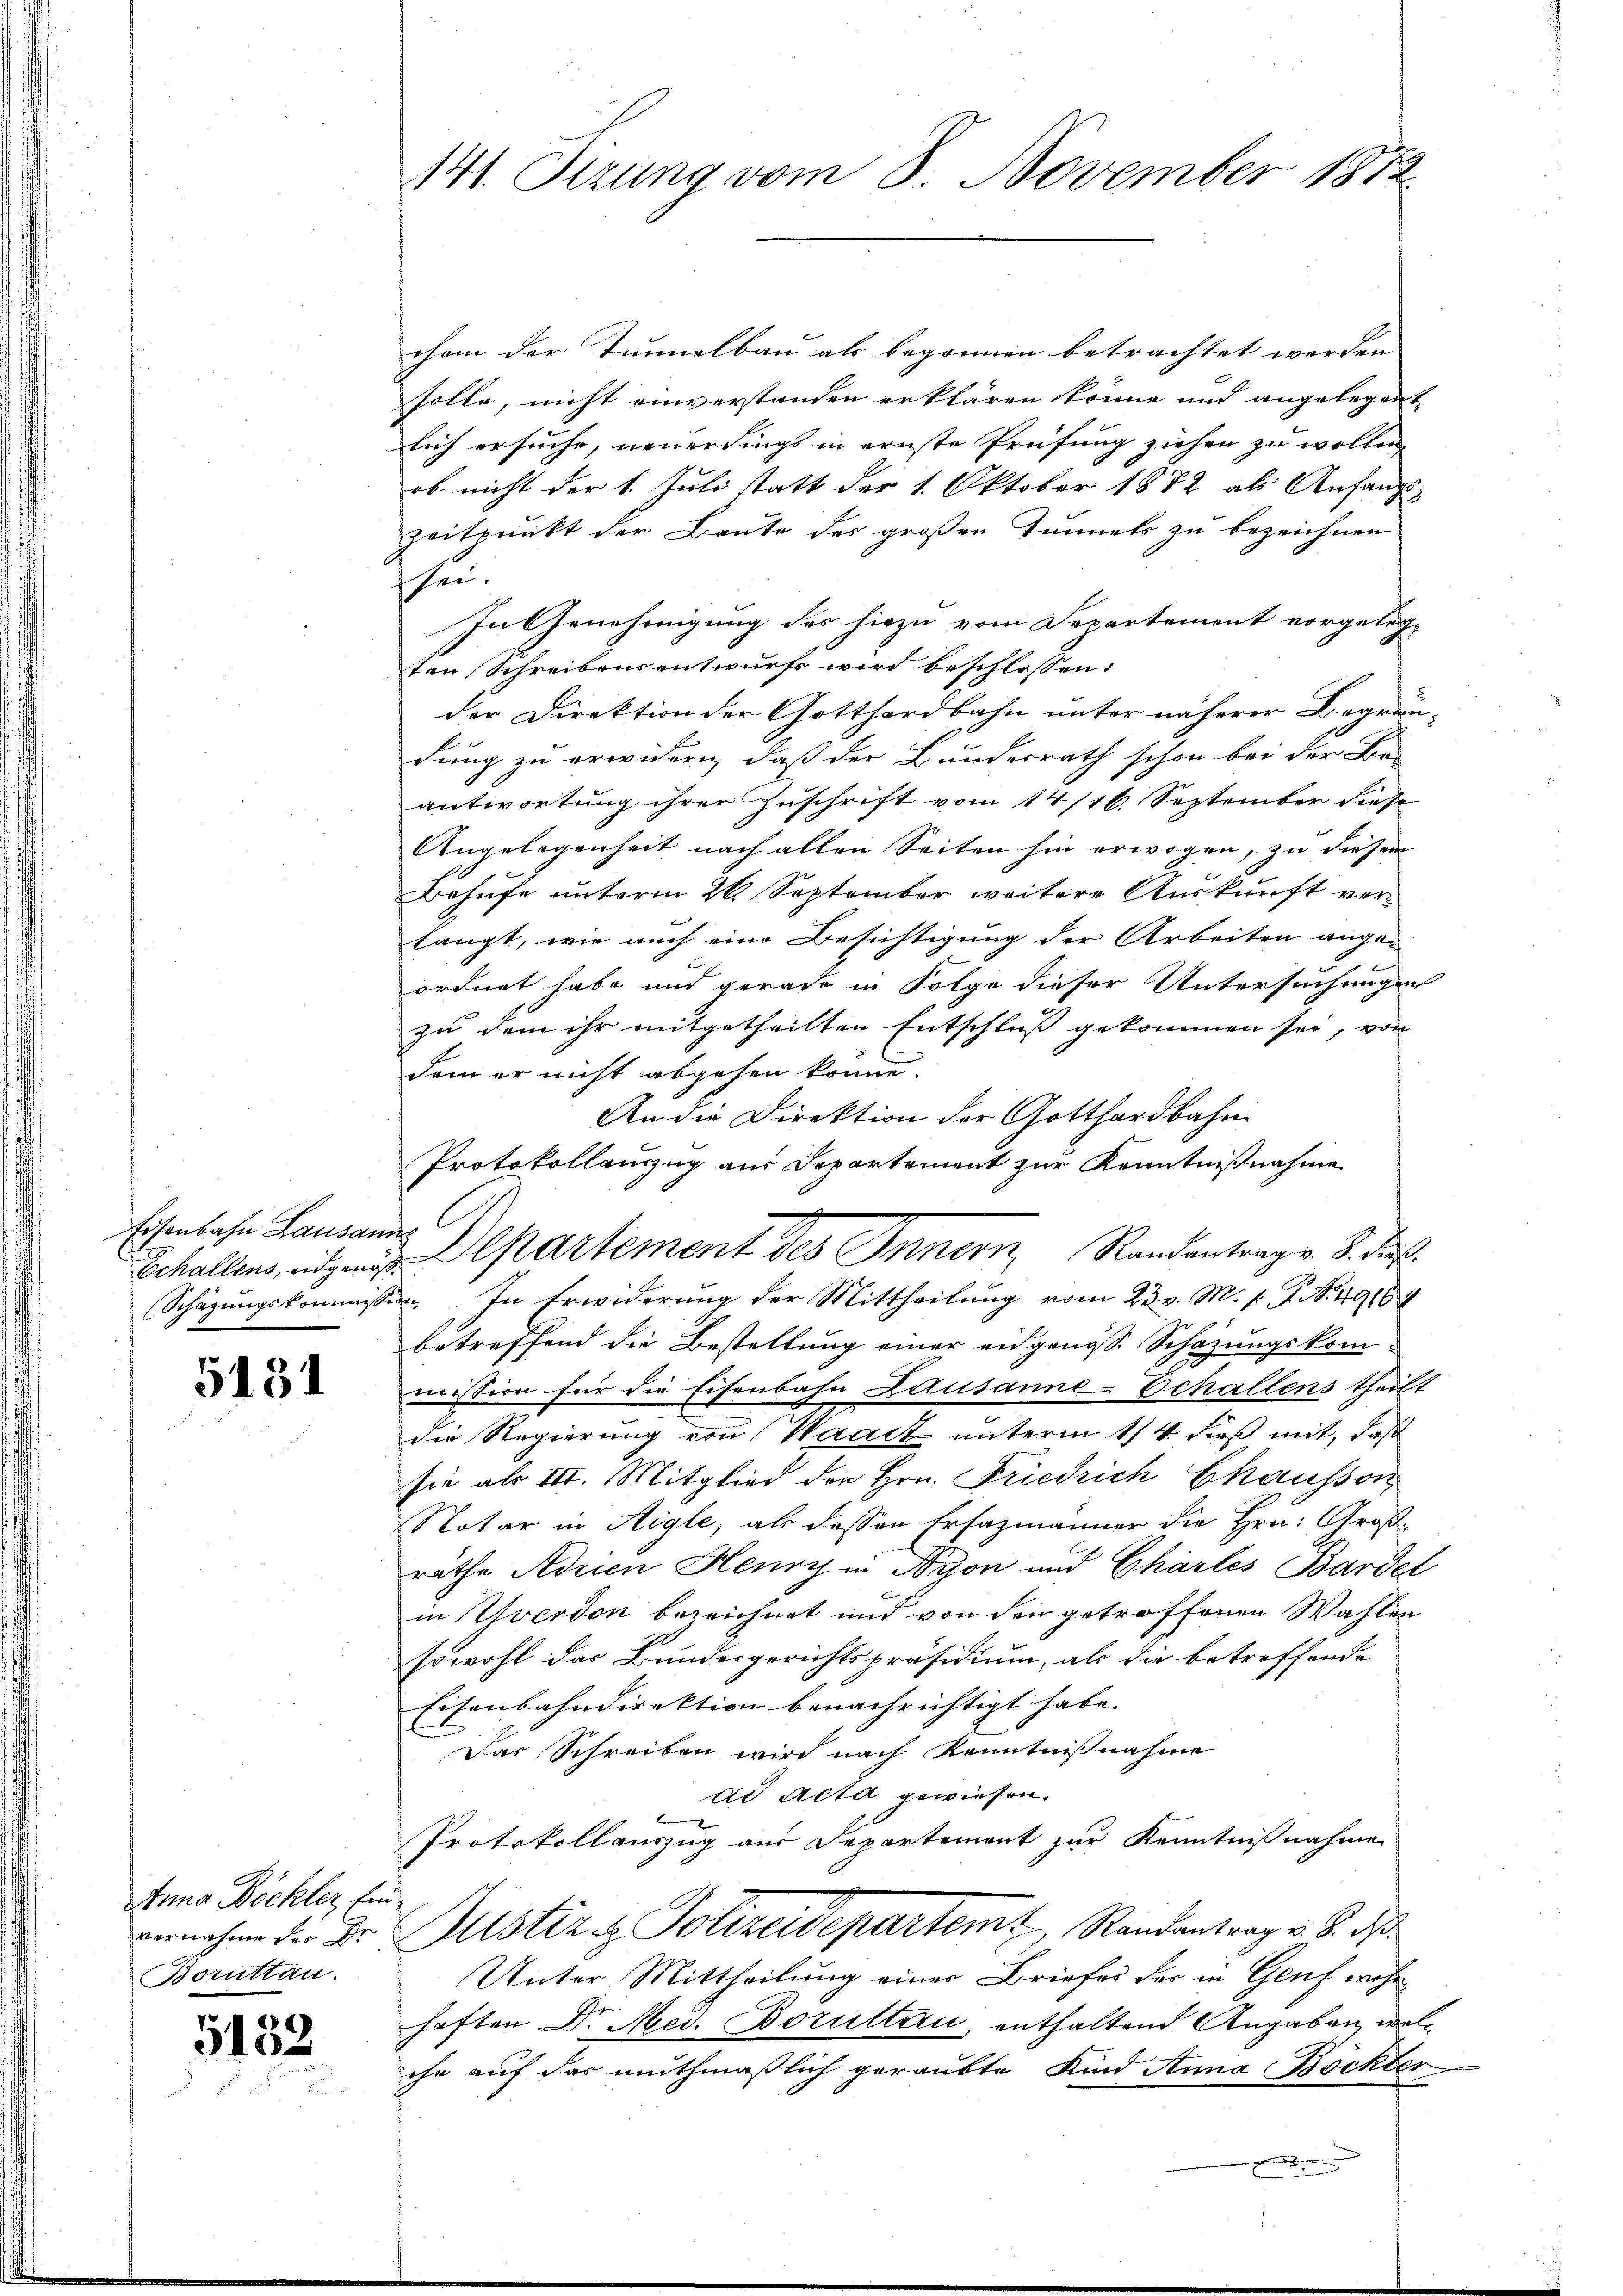
Echallens, eidgenös¬

5131

Anna Böckler Ein
vernahme der Er
Boruttau

c
540

141. Sizung vom 8. November 181

chem der Tunnelbau als begonnen betrachtet werden |
solle, nicht einverstanden erklären könne und angelegent
lich ersuche, neuerdings in ernste Prüfung ziehen zu wollen,
ob nicht der 1. Juli statt der 1. Oktober 1882 als Anfangs-
Zeitpunkt der Baute des großen Tunnels zu bezeichnen
schu
In Genehmigung des hiezu vom Departement vorgelegten Schreibensentwurfs wird beschlossen:
der Direktion der Gotthardbahn unter näherer Begrän-
dung zu erwidern, daß der Bundesrath schon bei der Be-
antwortung ihrer Zuschrift vom 14/16. September dies
Angelegenheit nach allen Seiten hin erwogen, zu diesem
Behufe unterm 26. September weitere Auskunft verlangt, wie auch eine Besichtigung der Arbeiten ange-
i
ordnet habe und gerade in Folge dieser Untersuchungen
zu dem ihr mitgetheilten Entschluss gekommen sei, von
dem er nicht abgehen könne.
An die Direktion der Gotthardbahn
Protokollanzug aus Departement zur Kenntnißnahme
Eisenbahn Lausanne Departement des Innern Randantrage d. d.
Schäzŭngskommission. In Erwiderung der Mittheilung vom 23. v. M. /: J. N. 49164
betreffend die Bestellung einer eidgenöss. Schazungskom-
mission für die Eisenbahn Lausanne-Echallens theilt
die Regierung von Waadt unterm 1/4. dieß mit, daß
sie als III. Mitglied die Hrn. Friedrich Chausson
Notar in Aigle, als dessen Ersazmänner die Hrn. Großräthe Adrien Henry in Nyon und Charles Bardel
in Yverdon bezeichnet und von den getroffenen Wahlen
sowohl das Bundesgerichtspräsidium, als die betreffende
Eisenbahndirektion benachrichtigt habe.
Das Schreiben wird nach Kenntnißnahme
dd Acta gewiesen.
Protokollauszug aus Separtement zur Kenntnißnahme
Zustiz & Polizeidepartemt, Randantrag v. 8. ds.
Unter Mittheilung einer Briefes der in Genf wohnhaften Dr. Med. Boruttau, enthaltend Angaben, welc
ehe auf das muthmaßlich geraubte Kind Anna Bockter
.